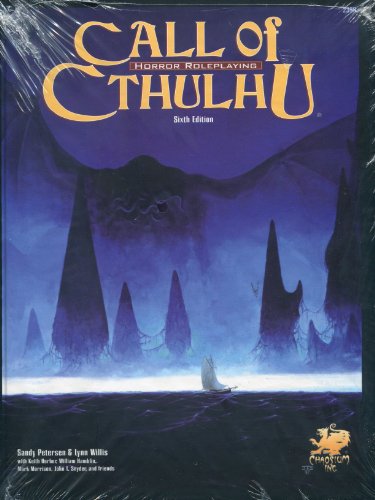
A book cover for Call of Cthulhu: Horror Role Playing in the Worlds of H. P. Lovecraft (Call of Cthulhu Roleplaying, 2396); Sandy Petersen; Science Fiction & Fantasy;